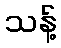
သန့်